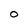
Character: 0